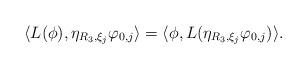
LaTeX: \begin{align*}\langle L(\phi), \eta_{R_3,\xi_j}\varphi_{0,j} \rangle =\langle \phi,L(\eta_{R_3,\xi_j}\varphi_{0,j})\rangle.\end{align*}